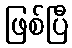
ဖြစ်ပြီ